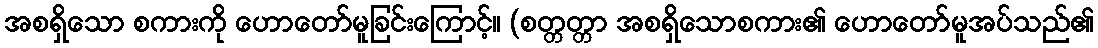
အစရှိသော စကားကို ဟောတော်မူခြင်းကြောင့်။ (စတ္တတ္တာ အစရှိသောစကား၏ ဟောတော်မူအပ်သည်၏